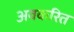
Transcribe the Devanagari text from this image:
अवकरित